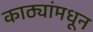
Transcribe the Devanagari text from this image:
काठ्यांमधून